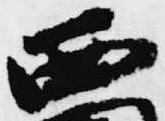
西